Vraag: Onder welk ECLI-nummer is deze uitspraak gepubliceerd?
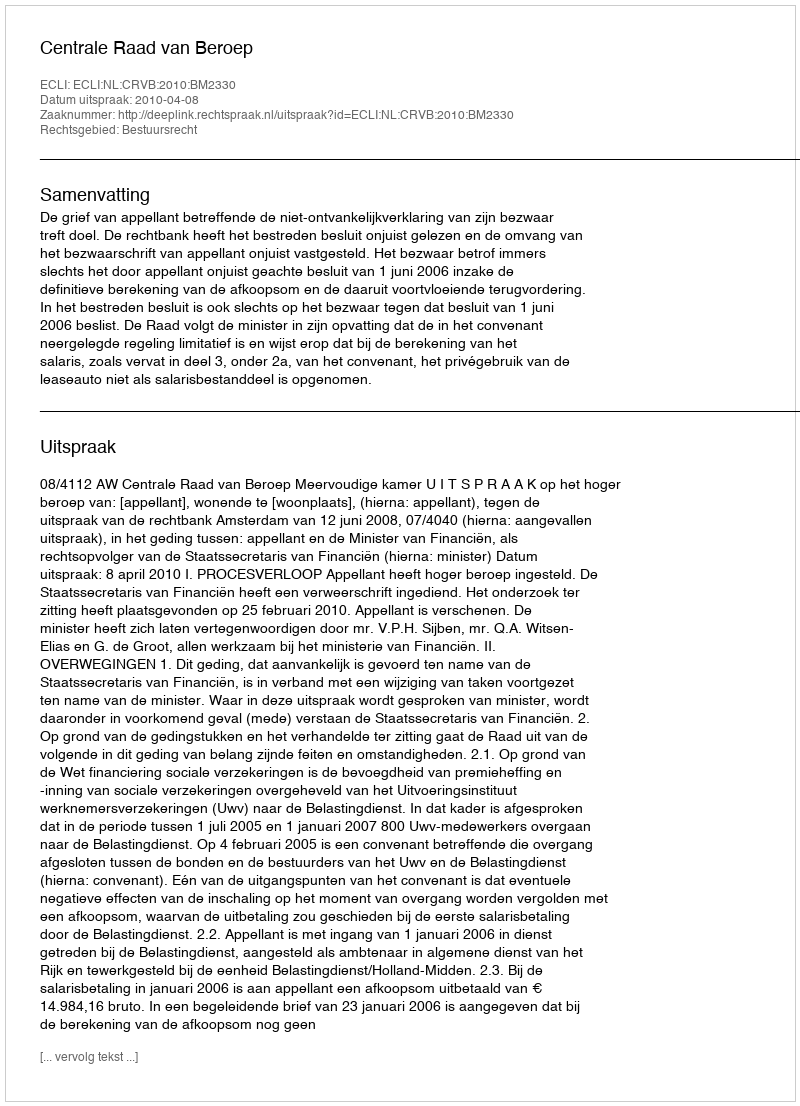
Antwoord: ECLI:NL:CRVB:2010:BM2330